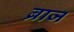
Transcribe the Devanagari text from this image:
ब्राज